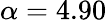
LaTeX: \alpha=4.90